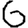
Digit: 6